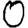
Digit: 0